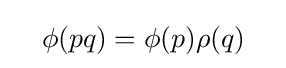
\quad \phi (pq)=\phi (p)\rho (q)\quad